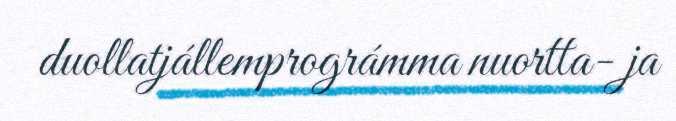
duollatjállemprográmma nuortta- ja